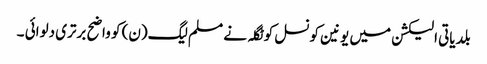
بلدیاتی الیکشن میں یونین کونسل کوٹگلہ نے مسلم لیگ(ن) کو واضح برتری دلوائی ۔